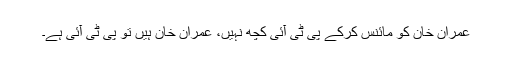
عمران خان کو مائنس کرکے پی ٹی آئی کچھ نہیں، عمران خان ہیں تو پی ٹی آئی ہے۔